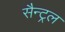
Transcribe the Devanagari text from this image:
सैन्ट्रल